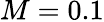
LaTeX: M=0.1